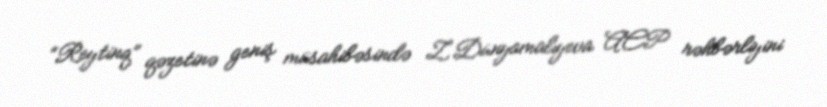
“Reytinq” qəzetinə geniş müsahibəsində Z.Dünyamalıyeva ACP rəhbərliyini